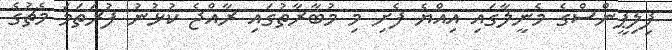
ފިލިޕީންސްގެ މެނީލާގައި އިއްޔެ ފެށި މި މުބާރާތުގައި ރާއްޖެ ކުުޅުނު ފުރަތަމަ މެޗުގެ